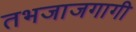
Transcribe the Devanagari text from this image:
तभजाजगागी